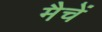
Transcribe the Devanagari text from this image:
मैचें